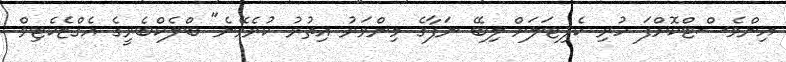
އިންވެސްޓްކޮށްފަ ހުރި ކެޕިޓަލަށް ލިބޭ ނަފާގެ މިންވަރު އިތުރު ކުރެވޭނެ" ބްލެކްބެރީގެ އެގްޒެކެޓިވް